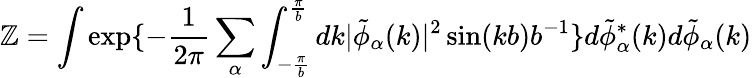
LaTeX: \mathbb{Z}=\int\exp\{ -\frac{{1}}{{2\pi}}\sum_{\alpha}\int_{-\frac{{\pi}}{{b}}}^{\frac{{\pi}}{{b}}}dk|\tilde{{\phi}}_{\alpha}(k)|^{2}\sin(kb)b^{-1}\} d\tilde{{\phi}}_{\alpha}^{*}(k)d\tilde{{\phi}}_{\alpha}(k)